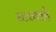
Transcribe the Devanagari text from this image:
स्टक्को